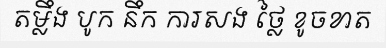
តម្លឹង បូក នឹក ការសង ថ្លៃ ខូចខាត